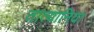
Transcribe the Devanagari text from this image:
तात्यानिया